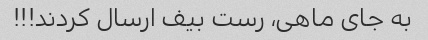
به جای ماهی، رست بیف ارسال کردند!!!